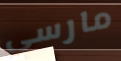
مارسي